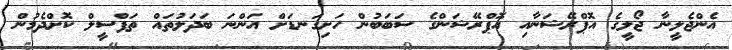
އެންޖެލީނާ ޖޯލީގެ އޮޕްރޭޝަނާއި އޮޕްރޭޝަންގެ ސަބަބުން ހަށިގަނޑަށް އަންނަ ބަދަލުތައް ތަފްސީލް ކޮށްދެމުން